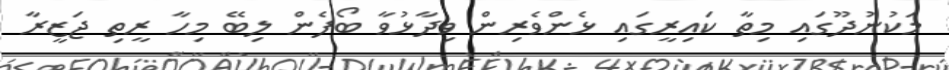
މަކުނުދޫގައި މިތާ ކައިރީގައި ޅެންވެރިން ވިދާޅުވާ ބޯފެން ލިބޭ މިހާ ރީތި ޖަޒީރާ